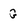
Character: G